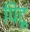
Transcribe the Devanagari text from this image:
पिंटू